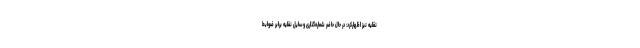
نقلیه نیز اظهارکرد: در حال حاضر شماره‌گذاری وسایل نقلیه برابر ضوابط